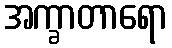
အက္ခာတာရော